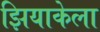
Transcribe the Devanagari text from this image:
झियाकेला